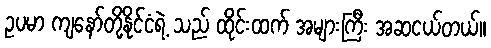
ဥပမာ ကျနော်တို့နိုင်ငံရဲ့ သည် ထိုင်းထက် အများကြီး အဆငယ်တယ်။